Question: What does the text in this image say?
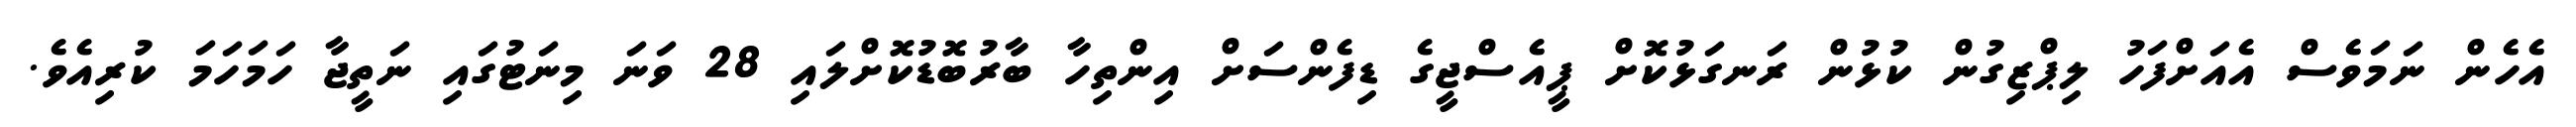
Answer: އެހެން ނަމަވެސް އެއަށްފަހު ލިޕްޒިގުން ކުޅުން ރަނގަޅުކޮށް ޕީއެސްޖީގެ ޑިފެންސަށް އިންތިހާ ބާރުބޮޑުކޮށްލައި 28 ވަނަ މިނަޓުގައި ނަތީޖާ ހަމަހަމަ ކުރިއެވެ.